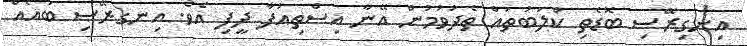
އިނގިރޭސި ބޮޑެތި ކްލަބުތައް ތެދުވުމުން އޭނާ އިސްތިއުފާ ދީފި އެވެ. އިނގރޭސި ބައެއް